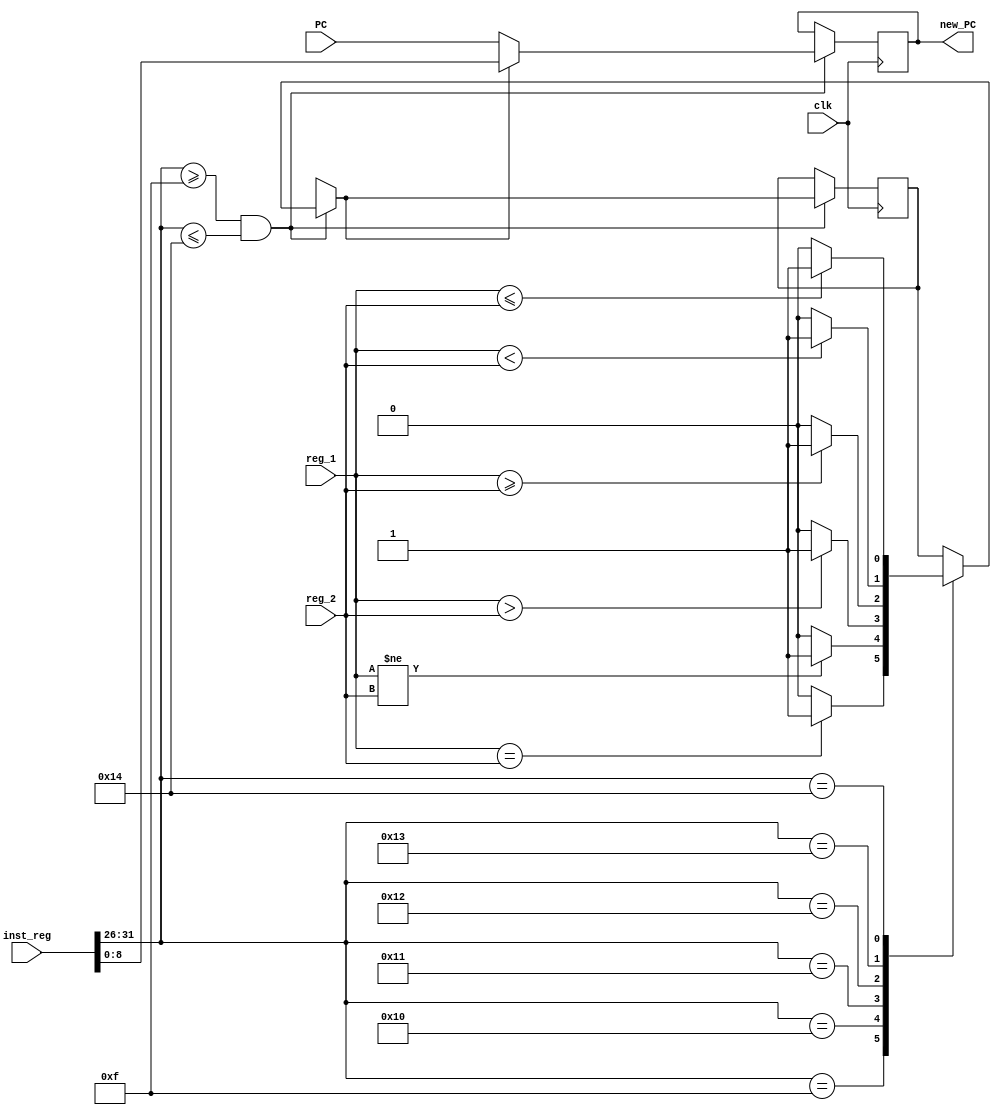
// 190154 Anmol Pabla   190620 Pranab Pandey
module I_Branch(clk, inst_reg, PC, reg_1, reg_2, new_PC);
    
    input clk;
    input[31:0] inst_reg;
    input [8:0] PC;
    input [31:0] reg_1, reg_2;
    wire [8:0] one;
    reg [8:0] temp;
    output reg[8:0] new_PC;
    
    reg is_branch;

    assign one = 9'b000000001;

    always@(posedge clk)
    begin
      // $monitor(is_branch);
      if(inst_reg[31:26]>=15 && inst_reg[31:26]<=20) begin

         case(inst_reg[31:26])
            15: // beq
               is_branch = (reg_1==reg_2)?1'b1:1'b0;
            16: // bne
               is_branch = (reg_1!=reg_2)?1'b1:1'b0;
            17: // bgt
               is_branch = (reg_1>reg_2)?1'b1:1'b0;
            18: // bgte
               is_branch = (reg_1>=reg_2)?1'b1:1'b0;
            19: // ble
               is_branch = (reg_1<reg_2)?1'b1:1'b0;
            20: // bleq
               is_branch = (reg_1<=reg_2)?1'b1:1'b0;
            
         endcase

      if(is_branch==1'b1) begin
         new_PC = inst_reg[15:0];   
      end  
      
      else begin
         new_PC = PC;
      end

      end
    
    end


endmodule